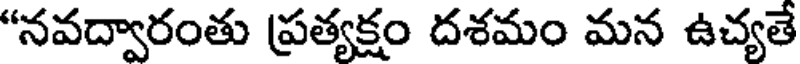
"నవద్వారంతు ప్రత్యక్షం దశమం మన ఉచ్యతే